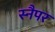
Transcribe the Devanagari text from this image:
स्नैपर